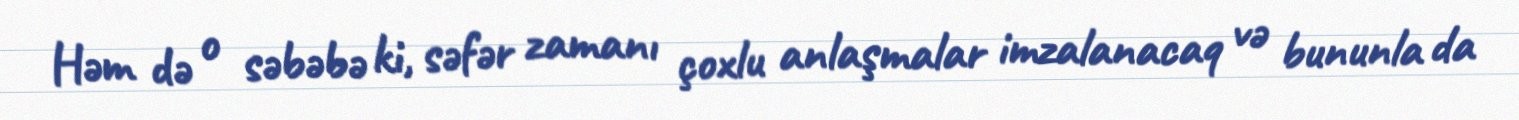
Həm də o səbəbə ki, səfər zamanı çoxlu anlaşmalar imzalanacaq və bununla da